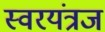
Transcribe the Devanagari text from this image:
स्वरयंत्रज